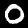
Digit: 0